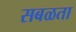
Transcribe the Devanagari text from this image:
सबळता